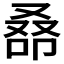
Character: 𠭞